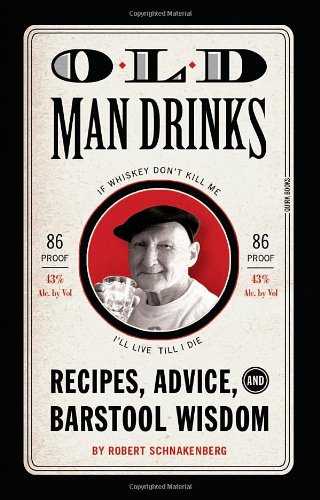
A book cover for Old Man Drinks: Recipes, Advice, and Barstool Wisdom; Robert Schnakenberg; Humor & Entertainment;